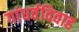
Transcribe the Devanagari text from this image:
गांधर्वविवाह